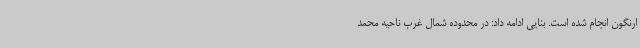
ارنگون انجام شده است. بنایی ادامه داد: در محدوده شمال غرب ناحیه محمد